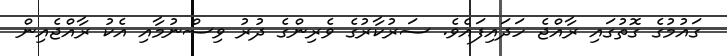
ގައުމުގެ ގޮތުގައި ރާއްޖެ ހަދައިފައެވެ. ސަރުކާރުގެ ވެރިންގެ ދުރު ވިސްނުމާާއި އެކު ރާއްޖެއިން